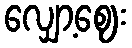
လျှော့ဈေး